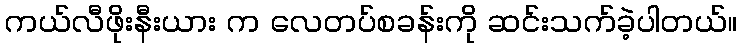
ကယ်လီဖိုးနီးယား က လေတပ်စခန်းကို ဆင်းသက်ခဲ့ပါတယ်။